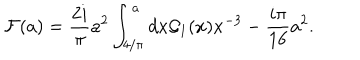
{ \cal F } ( a ) = { \frac { 2 i } { \pi } } a ^ { 2 } \int _ { 4 / \pi } ^ { a } d x { \cal G } _ { 1 } ( x ) x ^ { - 3 } - { \frac { i \pi } { 1 6 } } a ^ { 2 } .